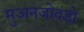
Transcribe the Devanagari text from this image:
मुअनजोदड़ो